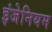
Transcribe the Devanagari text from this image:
इंजेनियम